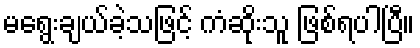
မရွေးချယ်ခဲ့သဖြင့် ကံဆိုးသူ ဖြစ်ရပါပြီ။